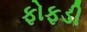
ફોફડી